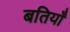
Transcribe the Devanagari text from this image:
बतियाँ